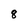
Character: 8